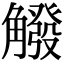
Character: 䚨